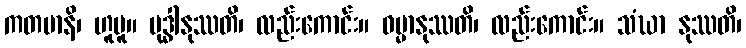
ကတမာနိ၊ ဟူမူ။ ဗုဒ္ဓါနုဿတိ၊ လည်းကောင်း။ ဓမ္မာနုဿတိ၊ လည်းကောင်း။ သံဃာ နုဿတိ၊